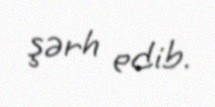
şərh edib.